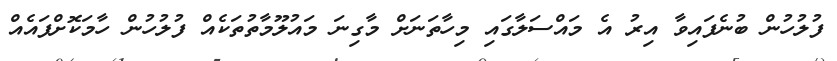
ފުލުހުން ބުނެފައިވާ އިރު އެ މައްސަލާގައި މިހާތަނަށް މާގިނަ މައުލޫމާތުތަކެއް ފުލުހުން ހާމަކޮށްފައެއް